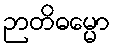
ဉာတိဓမ္မော